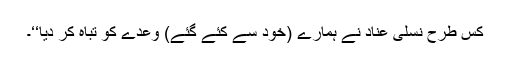
کس طرح نسلی عناد نے ہمارے (خود سے کئے گئے) وعدے کو تباہ کر دیا‘‘۔